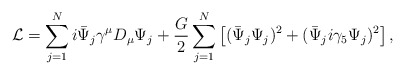
\begin{align*}{\cal L} = \sum^N_{j=1} i\bar{\Psi}_j \gamma^\mu D_\mu\Psi_j +\frac{G}{2} \sum^N_{j=1} \left[ (\bar{\Psi}_j\Psi_j)^2+(\bar{\Psi}_ji\gamma_5\Psi_j)^2 \right],\end{align*}